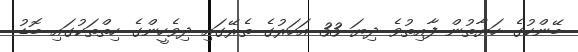
ބޭންކުގެ ހަޔާތުން ފާއިތުވެ ދިޔަ 33 އަހަރުގެ ތެރޭގައި ދިވެހީންގެ ހިތްތަކުގައި ބޮޑު